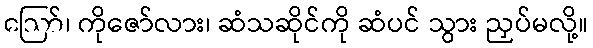
ဪ၊ ကိုဇော်လား၊ ဆံသဆိုင်ကို ဆံပင် သွား ညှပ်မလို့။